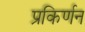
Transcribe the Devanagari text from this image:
प्रकिर्णन